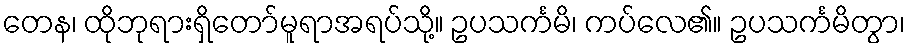
တေန၊ ထိုဘုရားရှိတော်မူရာအရပ်သို့။ ဥပသင်္ကမိ၊ ကပ်လေ၏။ ဥပသင်္ကမိတွာ၊